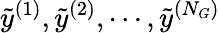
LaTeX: \tilde{y}^{(1)},\tilde{y}^{(2)},\cdots,\tilde{y}^{(N_{G})}